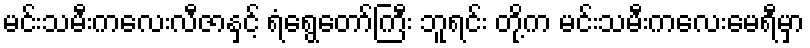
မင်းသမီးကလေးလီဇာနှင့် ရံရွေတော်ကြီး ဘူရင်း တို့က မင်းသမီးကလေးမေရီမှာ